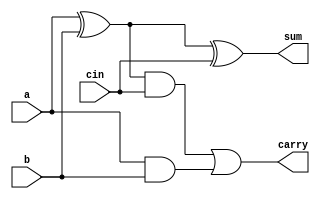
`timescale 1ns / 1ps

module fulladder_verilog(a , b , cin ,sum ,carry
    );
	input a;
	input b;
	input cin;
	output sum;
	output carry;
	
	wire w1, w2, w3;
   
	assign w1= a^b;
	assign w2= w1 & cin;
	assign w3= a&b;
	assign sum= w1^cin;
	assign carry= w2|w3;

endmodule